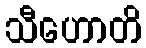
သီဟောတိ